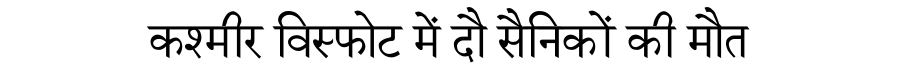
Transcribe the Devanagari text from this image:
कश्मीर विस्फोट में दौ सैनिकों की मौत